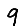
Digit: 9